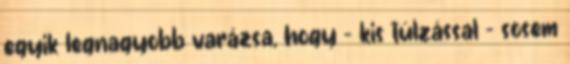
egyik legnagyobb varázsa, hogy - kis túlzással - sosem